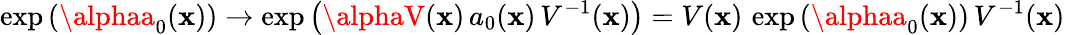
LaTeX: \exp\left(\alphaa_{0}(\mathbf{x})\right)\to\exp\left(\alphaV(\mathbf{x})\, a_{0}(\mathbf{x})\, V^{-1}(\mathbf{x})\right)=V(\mathbf{x})\, \exp\left(\alphaa_{0}(\mathbf{x})\right)\, V^{-1}(\mathbf{x})